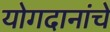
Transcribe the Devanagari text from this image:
योगदानांचे